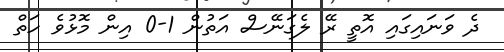
ދެ ވަަނައިގައި އޮތީ ރޭ ލެގަނޭސް އަތުން 1-0 އިން މޮޅުވެ ހަތް